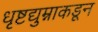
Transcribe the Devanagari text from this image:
धृष्टद्युम्नाकडून